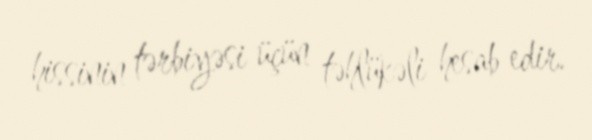
hissinin tərbiyəsi üçün təhlükəli hesab edir.